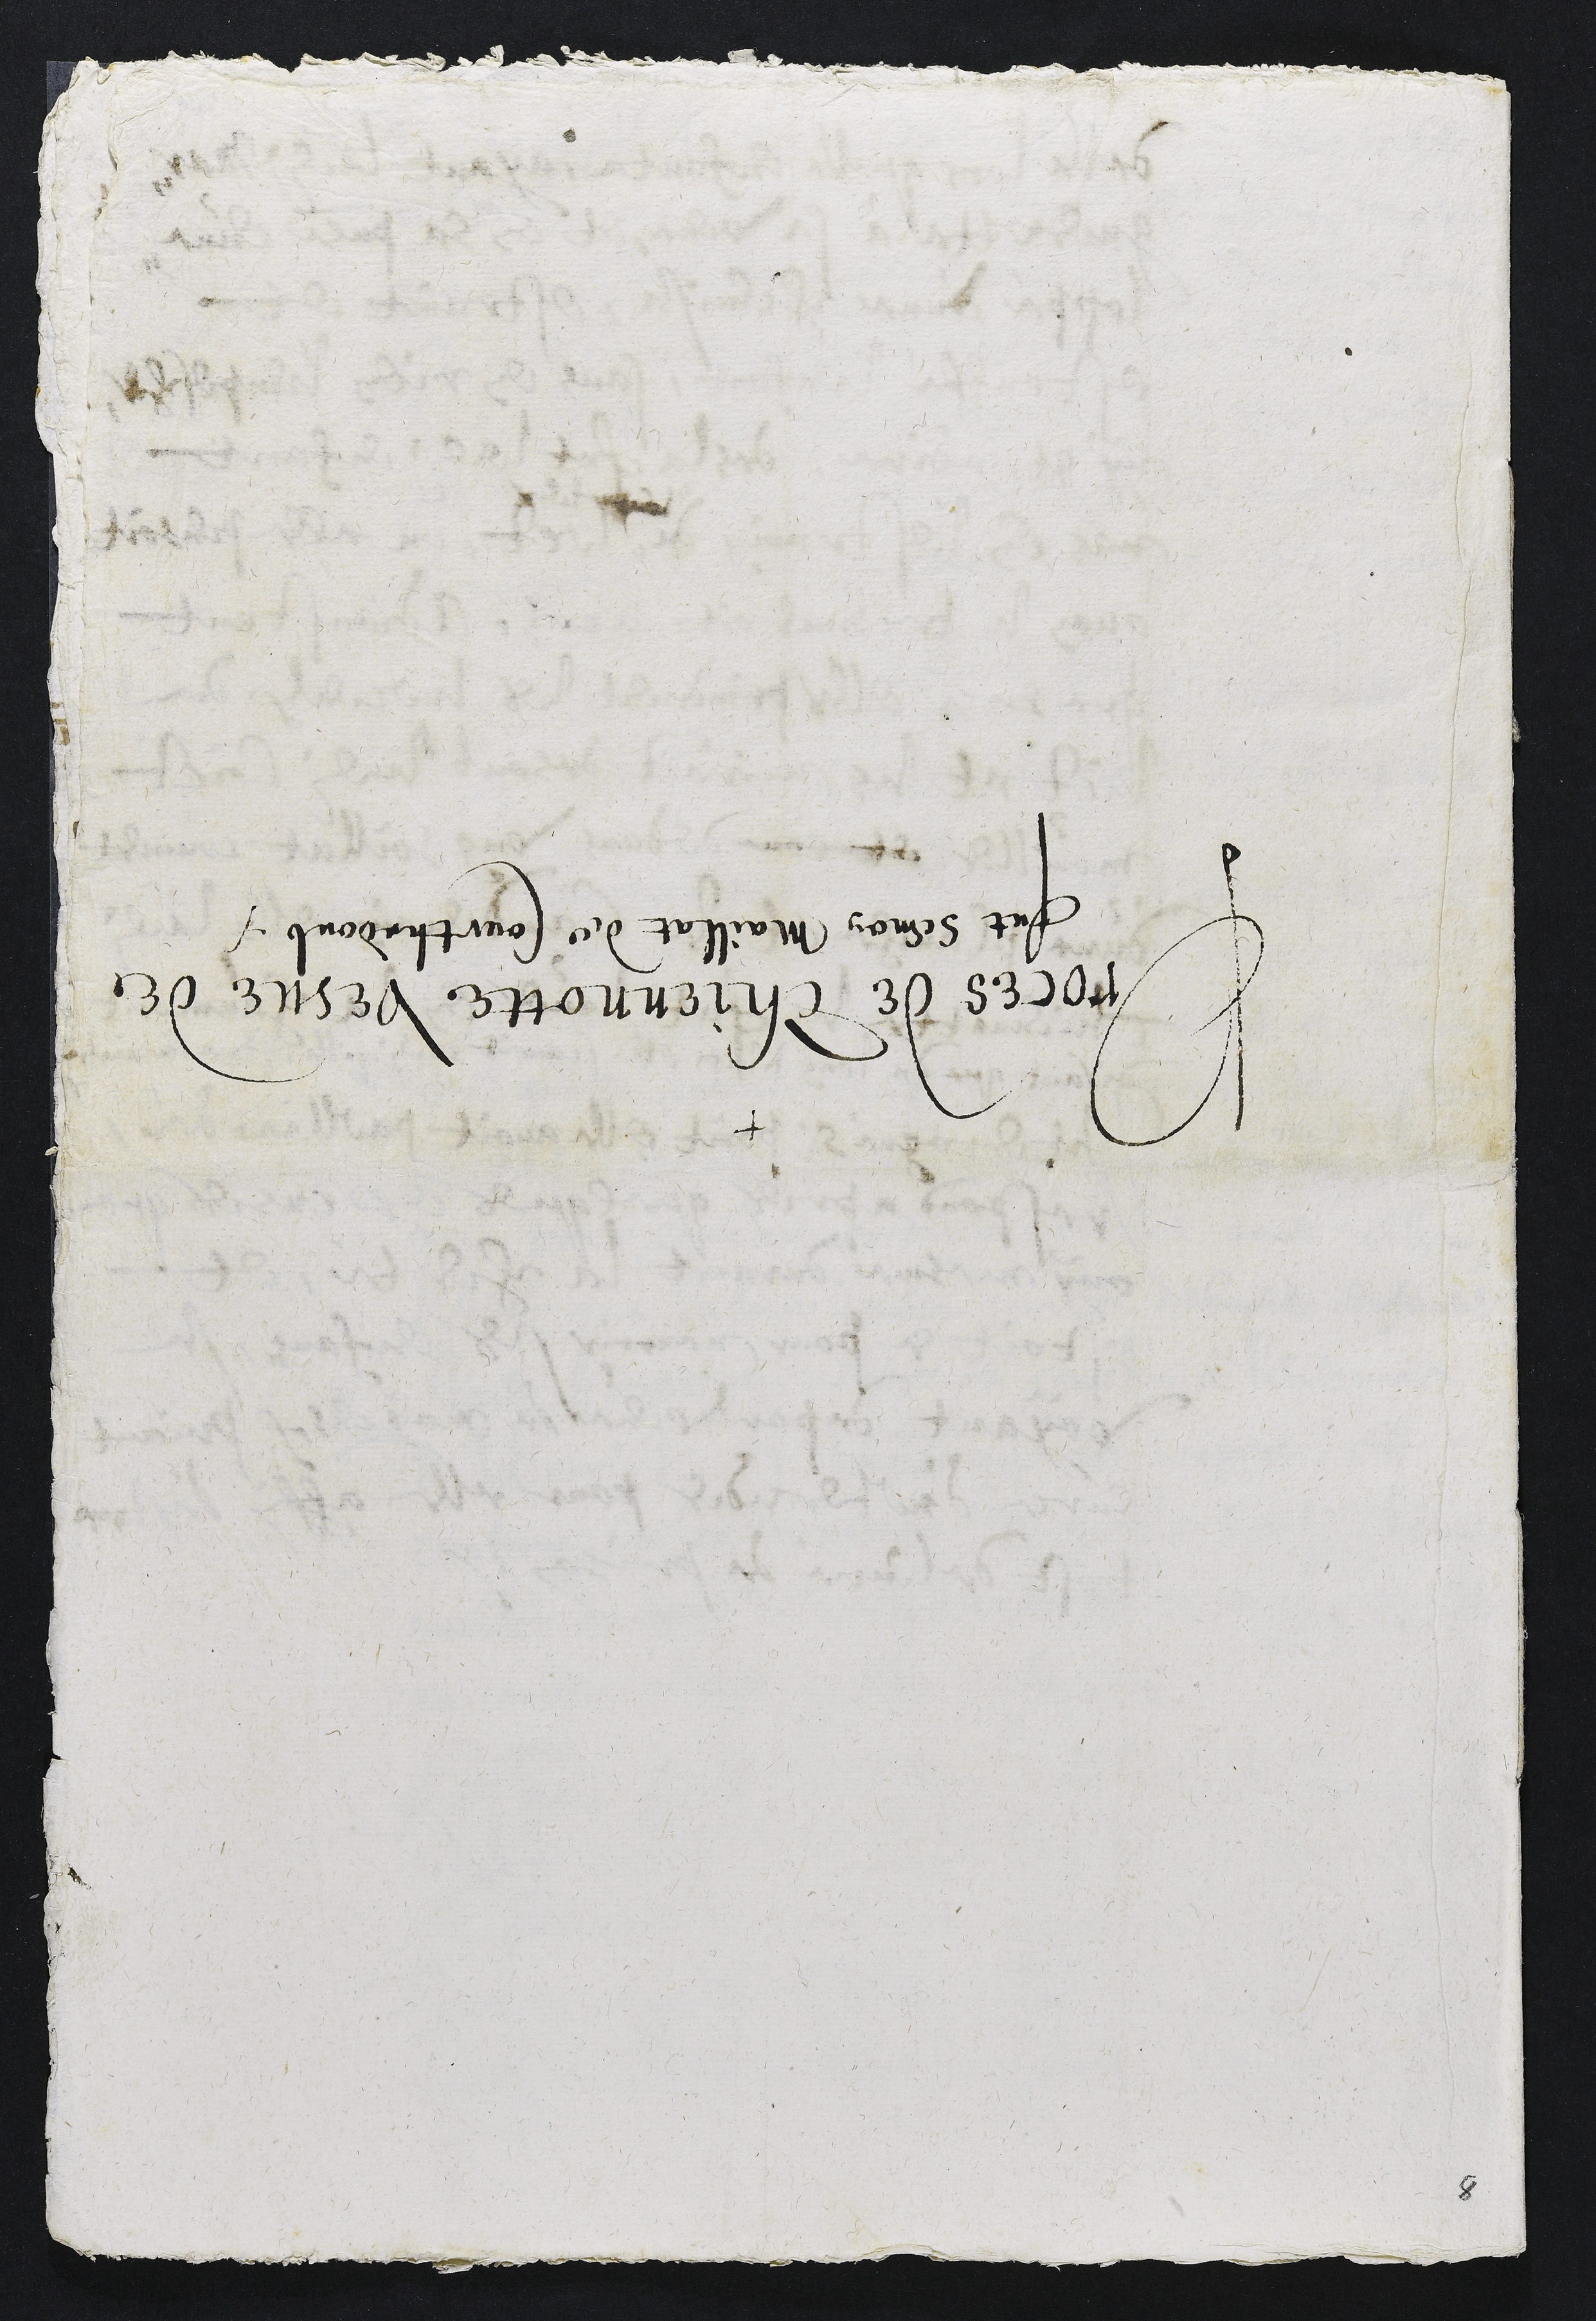
+
Proces de Thiennotte vesve de
fut Semon Maillat de Courthedoub
8